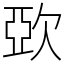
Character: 㰳